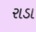
રાડા